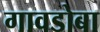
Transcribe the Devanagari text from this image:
गावडोबा